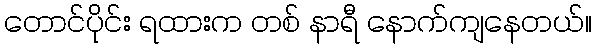
တောင်ပိုင်း ရထားက တစ် နာရီ နောက်ကျနေတယ်။